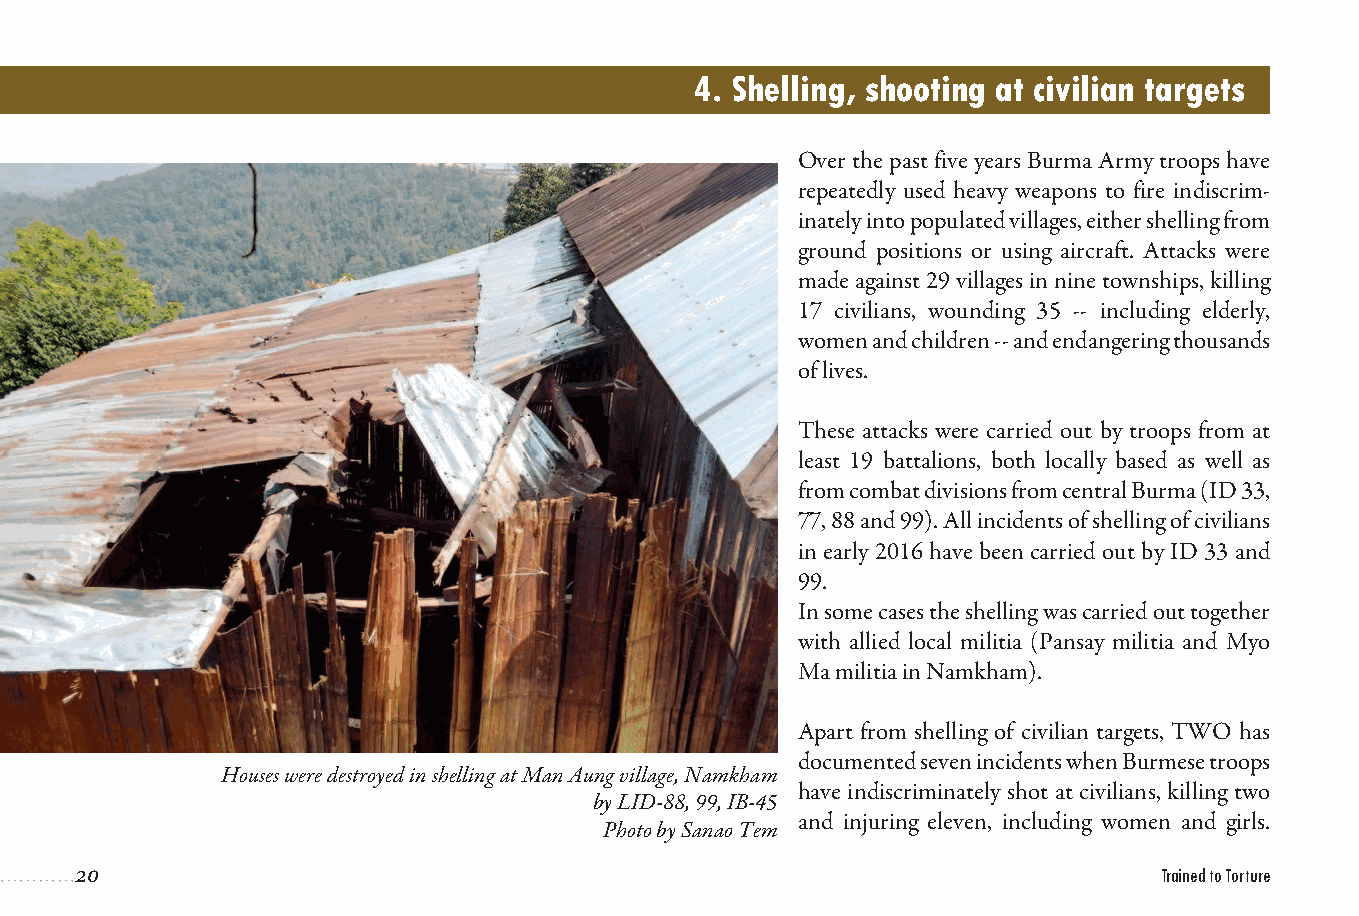
4. Shelling, shooting at civilian targets
 Over the past five years Burma Army troops have
 repeatedly used heavy weapons to fire indiscrim-
 inately into populated villages, either shelling from
 ground positions or using aircraft. Attacks were
 made against 29 villages in nine townships, killing
 17 civilians, wounding 35 -- including elderly,
 women and children -- and endangering thousands
 of lives.
 These attacks were carried out by troops from at
 least 19 battalions, both locally based as well as
 from combat divisions from central Burma (ID 33,
 77, 88 and 99). All incidents of shelling of civilians
 in early 2016 have been carried out by ID 33 and
 99.
 In some cases the shelling was carried out together
 with allied local militia (Pansay militia and Myo
 Ma militia in Namkham).
 Apart from shelling of civilian targets, TWO has
 documented seven incidents when Burmese troops
 Houses were destroyed in shelling at Man Aung village, Namkham
 have indiscriminately shot at civilians, killing two
 by LID-88, 99, IB-45
 and injuring eleven, including women and girls.
 Photo by Sanao Tem
 20                                                                      Trained to Torture